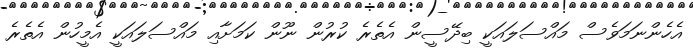
އެހެންނަމަވެސް މައްސަލައަކީ ބިދޭސީން އެތެރެ ކުރުން ނޫން ކަމަށާއި މައްސަލައަކީ އެމީހުން އެތެރެ